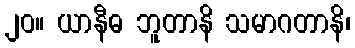
၂၀။ ယာနီဓ ဘူတာနိ သမာဂတာနိ၊